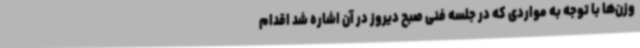
وزن‌ها با توجه به مواردی که در جلسه فنی صبح دیروز در آن اشاره شد اقدام